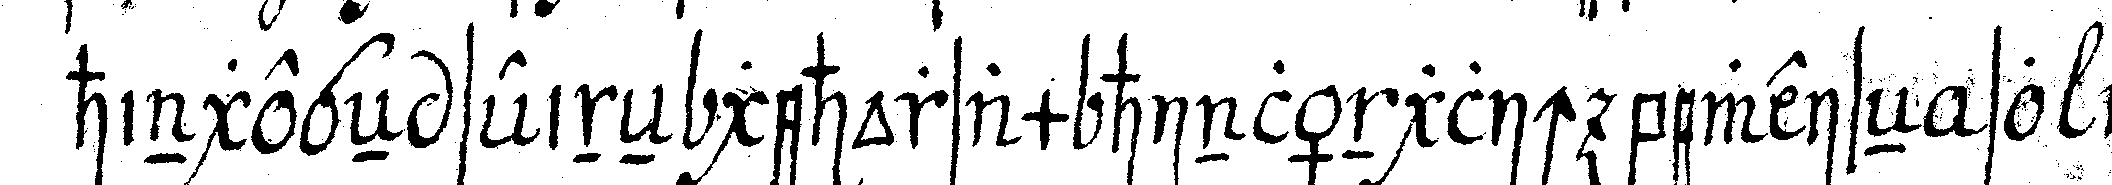
hingegeN seineN gehorsam hinlänglich beweiseN so